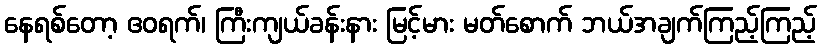
နေရစ်တော့ ဧဝရက်၊ ကြီးကျယ်ခန်းနား မြင့်မား မတ်စောက် ဘယ်အချက်ကြည့်ကြည့်